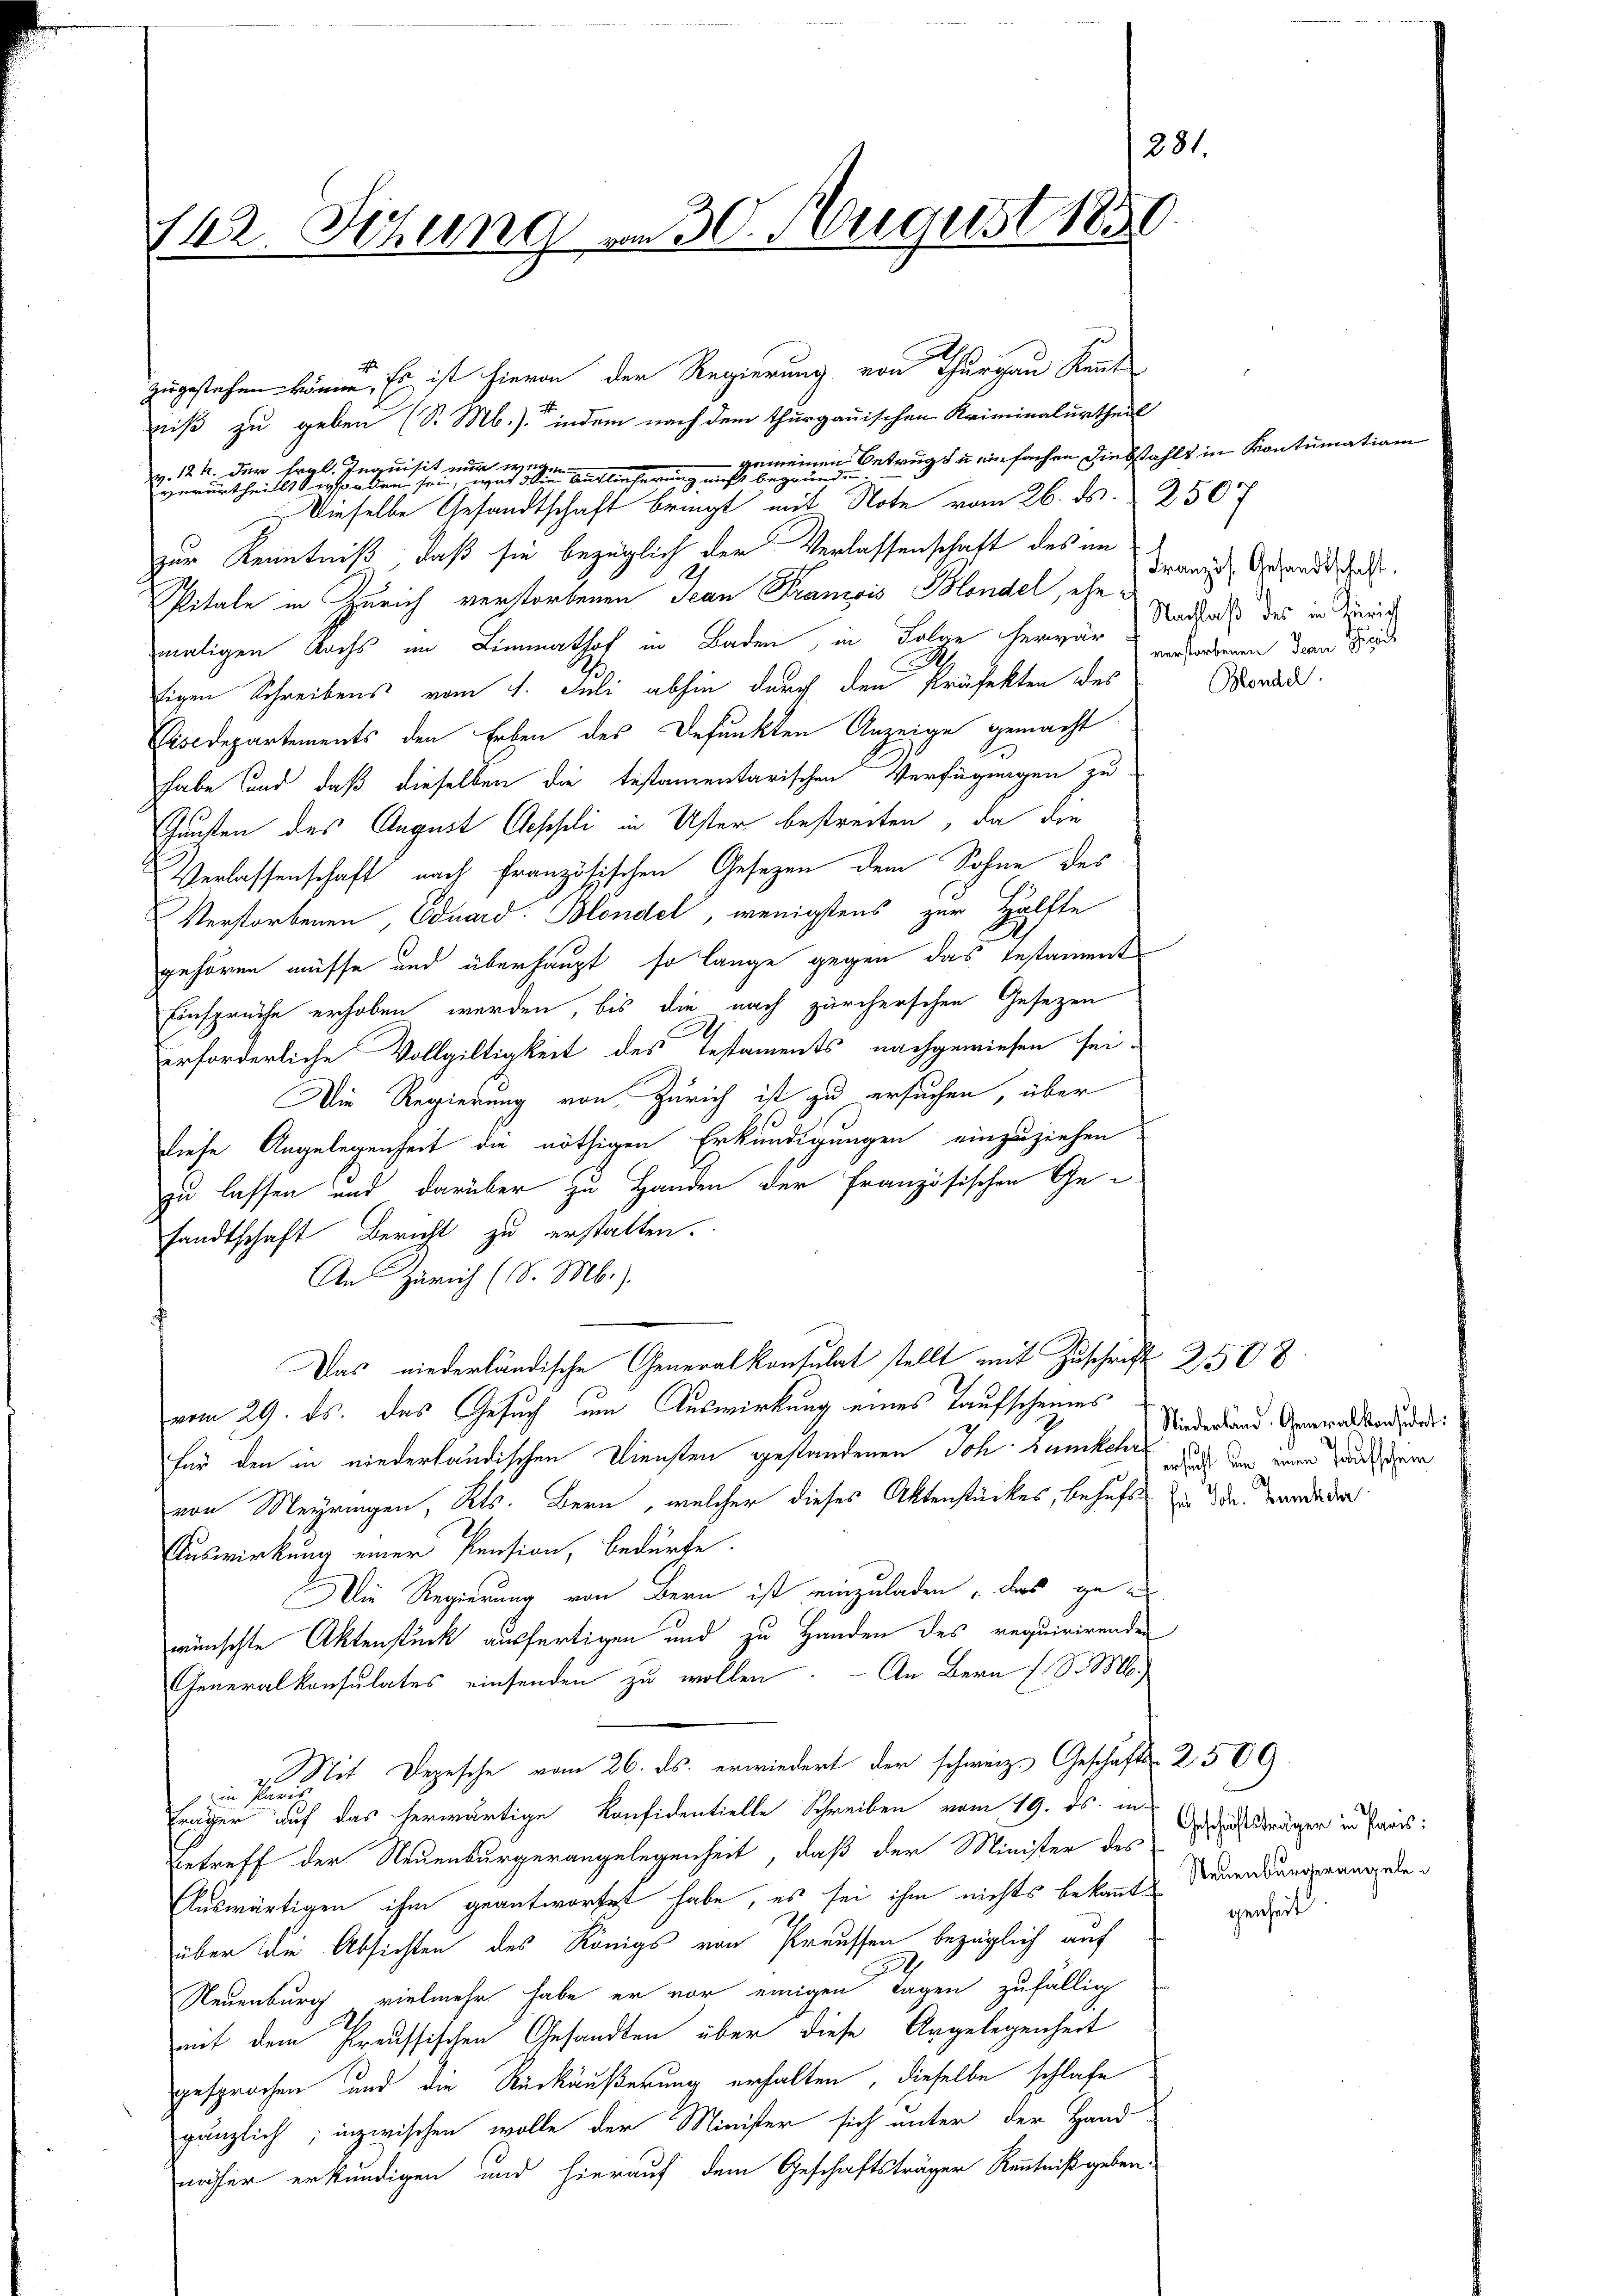
142. Sitzung am 30. August 1850.

zugestehen können. Es ist hievon der Regierung von Thurgau Kennt
niß zu geben (S. Mb.) indem nach dem Thurgauischen Kriminalurtheil
gemeinen Betrugs u einfachen Diebstahls in Kontumation
v. 12 k. der Ergl. Inquisit nur weg
verurtheilt dissor den sein, die Auslieferung nicht begründen.
Dieselbe Gesandtschaft bringt mit Note vom 26. ds. 2507
zur Kenntniß, daß sie bezüglich der Verlassenschaft des an
Spitale in Zürich verstorbenen Jean Tramois Blondel, ehe
maligen Nachs im Limmathof in Baden, in Folge herwär Nachlaß des in die
tigen Schreibens vom 1. Juli abhin durch den Präfekten des
Cisedepartements den Erben des Befunkten Anzeige gemacht
habe sind, daß dieselben die testamentarischen Verfügungen zu
Gausen des August Aeppli in Uster bestreiten, da die
Verlassenschaft nach französischen Gesezen dem Sohne des
Verstorbenen, Eduard. Blondel, wenigstens zur Hälfte
gehören müsse und überhaupt so lange gegen das bestament
Einsprüche erhoben werden, bis die nach zürcherschen Gesezen
.
erforderliche Vollgiltigkeit des Testaments nachgewiesen sei.
Die Regierung von Zürich ist zu ersuchen, über
tiefe Angelegenheit die nöthigen Erkundigungen einzuziehen
zu lassen und darüber zu Handen der französischen Ge-
sandtschaft Bericht zu erstatten.
An Zürich (S. Mb.).
Das niederländische Generalkonsulat stellt mit Zuschrift 2508
vom 29. ds. das Gesuch um Auswirkung eines Taufscheines
für den in niederländischen Diensten gestandenen Joh. Bunkel das um einer Zundere
von Meyringen, Kts. Bern, welcher dieses Aktenstückes, behufs in die Verdien
Auswirkung einer Pension, bedürfe.
Die Regierung von Bern ist einzuladen, das gewünschte Aktenstück ausfertigen und zu Handen des requirirenden
Generalkonsulates einsenden zu wollen. — An Bern (S. M.
Mit Depesche vom 26. ds. erwiedert der schweiz. Geschafts- 2 509.
p in Paris
Fräger auf das herwärtige Konfidentielle Schreiben vom 19. ds. in
Betreff der Neuenburgerangelegenheit, daß der Minister des
Auswärtigen ihm geantwortet habe, es sei ihm nichts bekannte Neuendungerangeleg
über die Absichten des Königs von Preussen bezüglich auf
.
Neuenburg, vielmehr habe er vor einigen Tagen zufällig
mit dem Preussischen Gesandten über diese Angelegenheit
gesprochen und die Rückäußerung erhalten, dieselbe schlafe
gänzlich; inzwischen wolle der Minister sich unter der Hand-
näher erkundigen und hierauf dem Geschäftsträger Kenntniß geben.

281.

Französ. Gesandtschaft.
verstorbenen dem Gese

Blonach

Niederland. Generalkonsidet:

Geschäftsträger in Paris:
genheit